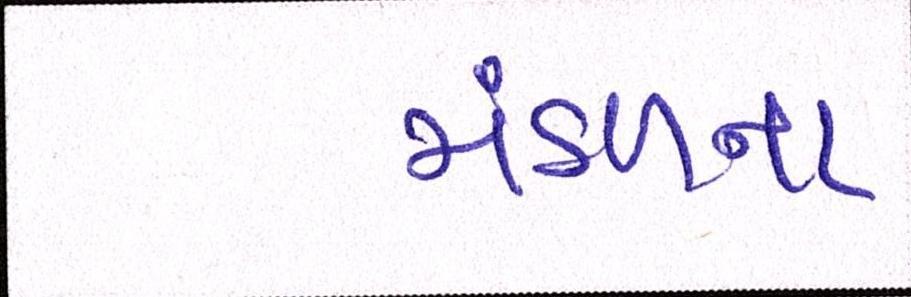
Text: મંડળના